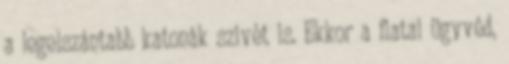
a legelszántabb katonák szivét is. Ekkor a fiatal ügyvéd,